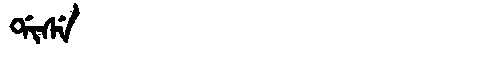
Manchu: ᡩᡳᠰᡝ
Romanization: DISE